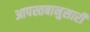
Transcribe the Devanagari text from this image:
आपस्तबानुसारी